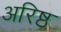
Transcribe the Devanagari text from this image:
अरिष्ठ